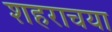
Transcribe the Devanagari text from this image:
शहराचया